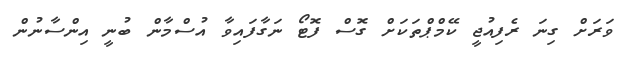
ވަރަށް ގިނަ ރެފިއުޖީ ކޭމްޕްތަކަށް ގޮސް ފޮޓޯ ނަގާފައިވާ އުސްމާން ބުނީ އިންސާނުން